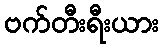
ဗက်တီးရီးယား